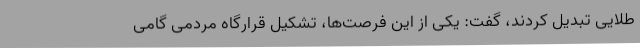
طلایی تبدیل کردند، گفت: یکی از این فرصت‌ها، تشکیل قرارگاه مردمی گامی